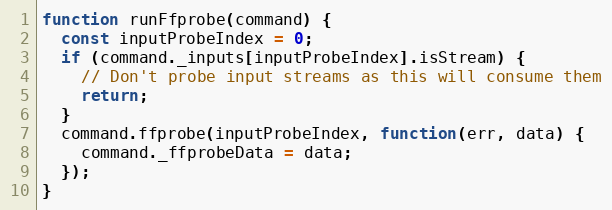
Language: JavaScript
function runFfprobe(command) {
  const inputProbeIndex = 0;
  if (command._inputs[inputProbeIndex].isStream) {
    // Don't probe input streams as this will consume them
    return;
  }
  command.ffprobe(inputProbeIndex, function(err, data) {
    command._ffprobeData = data;
  });
}